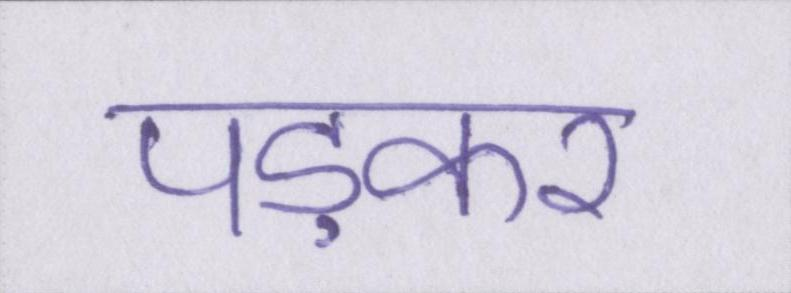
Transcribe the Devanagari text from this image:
पड़कर